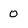
Character: 0